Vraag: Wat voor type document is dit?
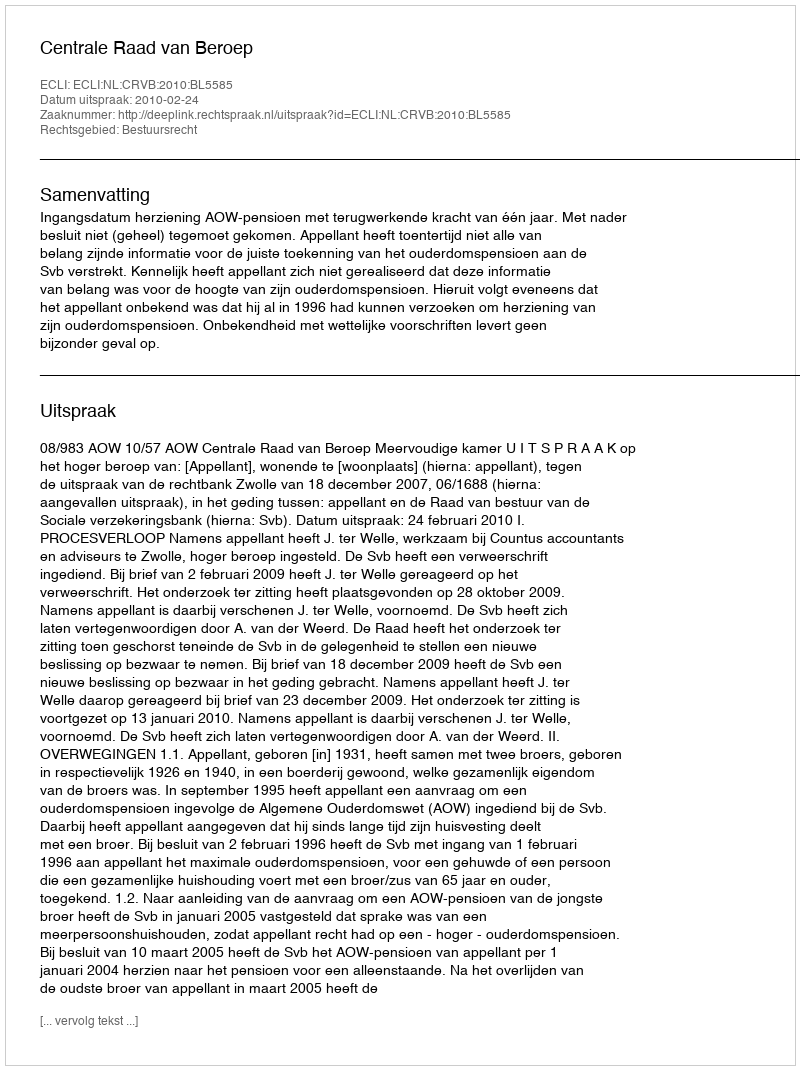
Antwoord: Uitspraak